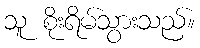
သူ စိုးရိမ်သွားသည်။